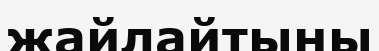
жайлайтыны